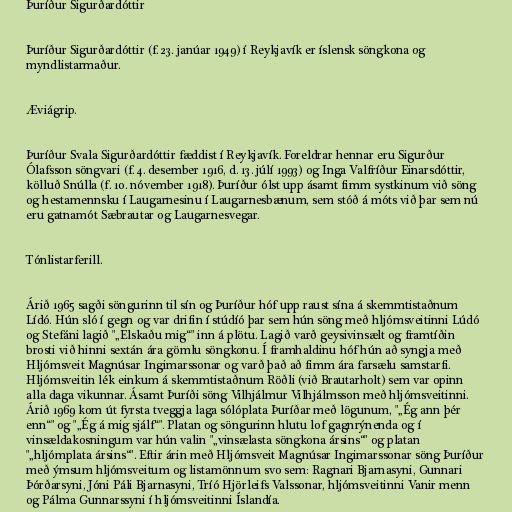
Þuríður Sigurðardóttir

Þuríður Sigurðardóttir (f. 23. janúar 1949) í Reykjavík er íslensk söngkona og
myndlistarmaður.

Æviágrip.

Þuríður Svala Sigurðardóttir fæddist í Reykjavík. Foreldrar hennar eru Sigurður
Ólafsson söngvari (f. 4. desember 1916, d. 13. júlí 1993) og Inga Valfríður Einarsdóttir,
kölluð Snúlla (f. 10. nóvember 1918). Þuríður ólst upp ásamt fimm systkinum við söng
og hestamennsku í Laugarnesinu í Laugarnesbænum, sem stóð á móts við þar sem nú
eru gatnamót Sæbrautar og Laugarnesvegar.

Tónlistarferill.

Árið 1965 sagði söngurinn til sín og Þuríður hóf upp raust sína á skemmtistaðnum
Lídó. Hún sló í gegn og var drifin í stúdíó þar sem hún söng með hljómsveitinni Lúdó
og Stefáni lagið "„Elskaðu mig“" inn á plötu. Lagið varð geysivinsælt og framtíðin
brosti við hinni sextán ára gömlu söngkonu. Í framhaldinu hóf hún að syngja með
Hljómsveit Magnúsar Ingimarssonar og varð það að fimm ára farsælu samstarfi.
Hljómsveitin lék einkum á skemmtistaðnum Röðli (við Brautarholt) sem var opinn
alla daga vikunnar. Ásamt Þuríði söng Vilhjálmur Vilhjálmsson með hljómsveitinni.
Árið 1969 kom út fyrsta tveggja laga sólóplata Þuríðar með lögunum, "„Ég ann þér
enn“" og "„Ég á mig sjálf“". Platan og söngurinn hlutu lof gagnrýnenda og í
vinsældakosningum var hún valin "„vinsælasta söngkona ársins“" og platan
"„hljómplata ársins“". Eftir árin með Hljómsveit Magnúsar Ingimarssonar söng Þuríður
með ýmsum hljómsveitum og listamönnum svo sem: Ragnari Bjarnasyni, Gunnari
Þórðarsyni, Jóni Páli Bjarnasyni, Tríó Hjörleifs Valssonar, hljómsveitinni Vanir menn
og Pálma Gunnarssyni í hljómsveitinni Íslandía.